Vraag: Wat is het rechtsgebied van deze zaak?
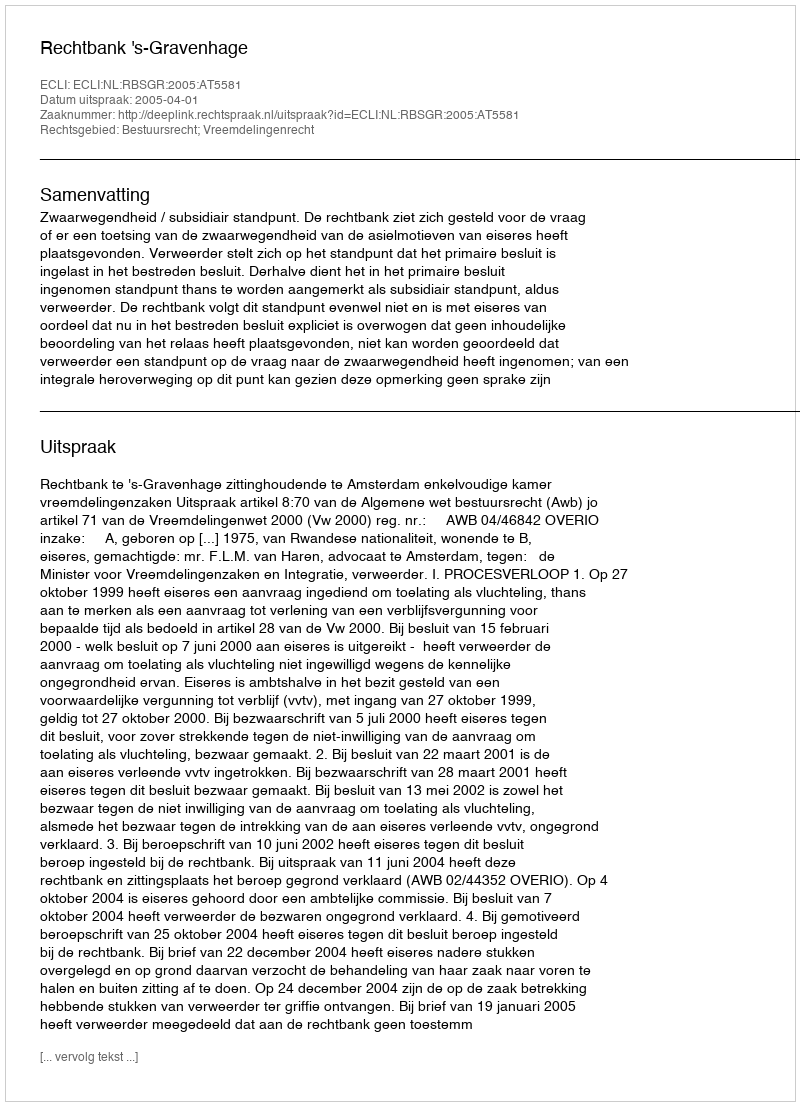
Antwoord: Bestuursrecht; Vreemdelingenrecht